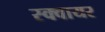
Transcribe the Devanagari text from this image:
स्‍क्‍वायर